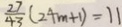
\frac { 2 7 } { 4 3 } ( 2 4 m + 1 ) = 1 1